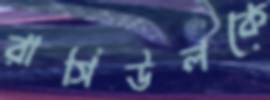
রাসিউলকে